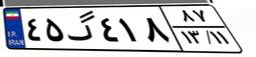
۴۵گ۴۱۸۸۷